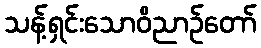
သန့်ရှင်းသောဝိညာဉ်တော်